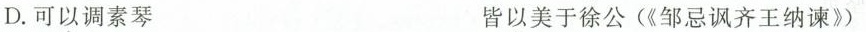
D.可以调素琴 皆以美于徐公(《邹忌讽齐王纳谏》